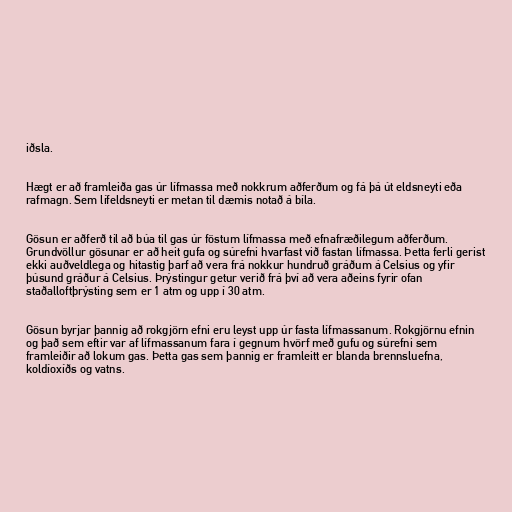
iðsla.

Hægt er að framleiða gas úr lífmassa með nokkrum aðferðum og fá þá út eldsneyti eða
rafmagn. Sem lífeldsneyti er metan til dæmis notað á bíla.

Gösun er aðferð til að búa til gas úr föstum lífmassa með efnafræðilegum aðferðum.
Grundvöllur gösunar er að heit gufa og súrefni hvarfast við fastan lífmassa. Þetta ferli gerist
ekki auðveldlega og hitastig þarf að vera frá nokkur hundruð gráðum á Celsius og yfir
þúsund gráður á Celsius. Þrýstingur getur verið frá því að vera aðeins fyrir ofan
staðalloftþrýsting sem er 1 atm og upp í 30 atm.

Gösun byrjar þannig að rokgjörn efni eru leyst upp úr fasta lífmassanum. Rokgjörnu efnin
og það sem eftir var af lífmassanum fara í gegnum hvörf með gufu og súrefni sem
framleiðir að lokum gas. Þetta gas sem þannig er framleitt er blanda brennsluefna,
koldíoxíðs og vatns.